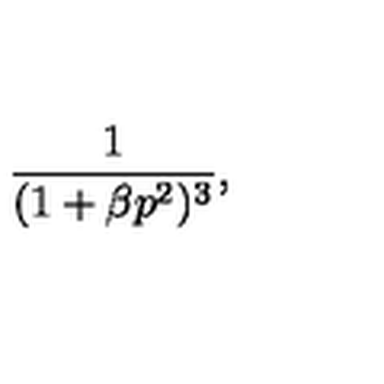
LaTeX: \frac { 1 } { ( 1 + \beta p ^ { 2 } ) ^ { 3 } } ,